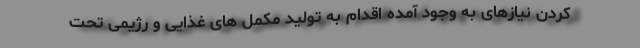
کردن نیازهای به وجود آمده اقدام به تولید مکمل های غذایی و رژیمی تحت